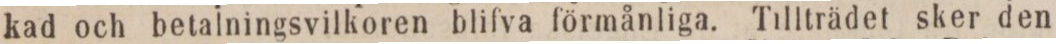
kad och betalningsvilkoren blifva förmånliga. Tillträdet sker den